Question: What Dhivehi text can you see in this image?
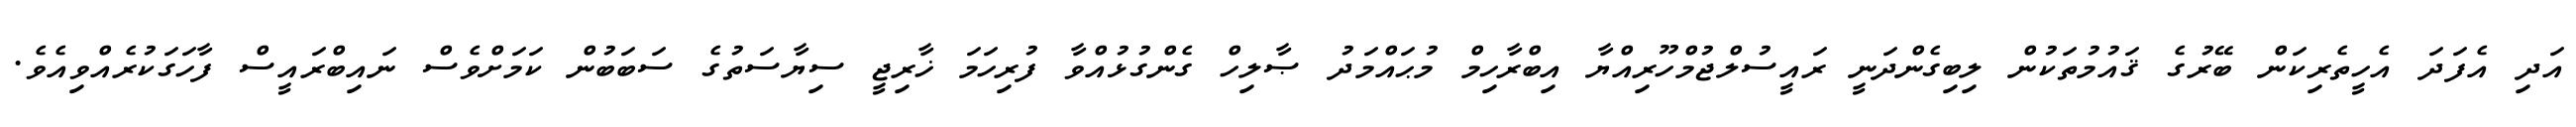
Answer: އަދި އެފަދަ އެހީތެރިކަން ބޭރުގެ ޤައުމުތަކުން ލިބިގެންދަނީ ރައީސުލްޖުމްހޫރިއްޔާ އިބްރާހިމް މުޙައްމަދު ޞާލިހް ގެންގުޅުއްވާ ފުރިހަމަ ޚާރިޖީ ސިޔާސަތުގެ ސަބަބުން ކަމަށްވެސް ނައިބްރައީސް ފާހަގަކުރެއްވިއެވެ.